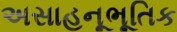
અસાહનૂભૂતિક